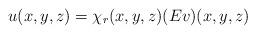
LaTeX: \begin{align*}u(x,y,z)=\chi_r(x,y,z) (Ev)(x,y,z)\end{align*}